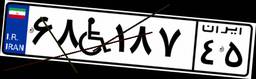
۴۵W۵۸۰۹۴